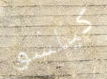
كيلسو